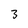
Character: 3